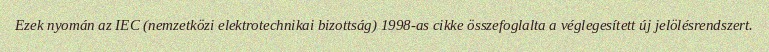
Ezek nyomán az IEC (nemzetközi elektrotechnikai bizottság) 1998-as cikke összefoglalta a véglegesített új jelölésrendszert.